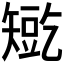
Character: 𰦛